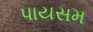
પાયસમ